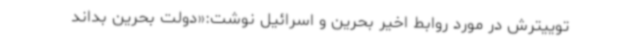
توییترش در مورد روابط اخیر بحرین و اسرائیل نوشت:«دولت بحرین بداند